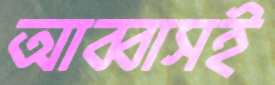
আব্বাসই